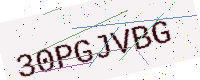
Text: 30PGJVBG